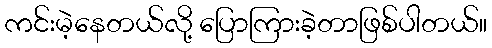
ကင်းမဲ့နေတယ်လို့ ပြောကြားခဲ့တာဖြစ်ပါတယ်။